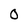
Character: 0